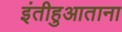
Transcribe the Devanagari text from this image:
इंतीहुआताना